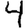
Digit: 4